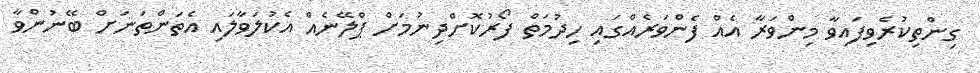
ގިންތިކުރެވިފައިވާ މިންވަރާ އެއް ފެންވަރެއްގައި ހިދުމަތް ފޯރުކޮށްދިނުމަށް ޕްލޭނެއް އެކުލަވާލައި އެތަންތަނަށް ބޭނުންވާ